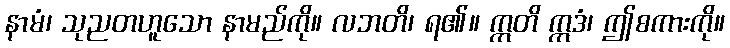
နာမံ၊ သုညတဟူသော နာမည်ကို။ လဘတိ၊ ရ၏။ ဣတိ ဣဒံ၊ ဤစကားကို။